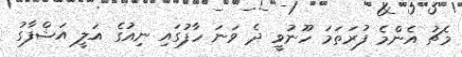
މެޗު އެންމެ ފުރަތަމަ ހޫނުވީ ދެ ވަނަ ހާފުގައި ނިއުގެ އަލީ އަޝްފާގު